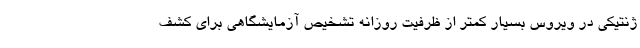
ژنتیکی در ویروس بسیار کمتر از ظرفیت روزانه تشخیص آزمایشگاهی برای کشف